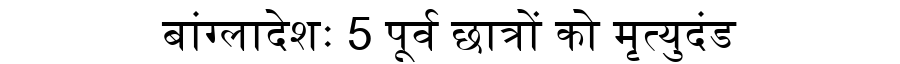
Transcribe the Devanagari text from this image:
बांग्लादेशः 5 पूर्व छात्रों को मृत्युदंड